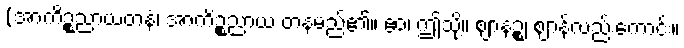
(အာကိဉ္စညာယတနံ၊ အာကိဉ္စညာယ တနမည်၏။ ဧဝံ၊ ဤသို့။ ဈာနဉ္စ၊ ဈာန်လည်းကောင်း။